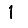
Digit: 1